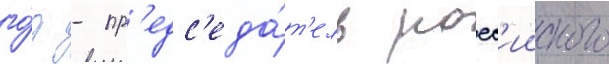
го́д - пр'едс'еда́т'ель росс'ииского